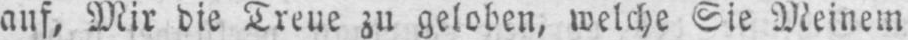
auf, Mir die Treue zu geloben, welche Sie Meinem